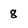
Character: 8